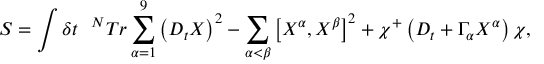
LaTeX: S = \int \delta t ~ ~ ^ { N } T r \sum _ { \alpha = 1 } ^ { 9 } \left( D _ { t } X \right) ^ { 2 } - \sum _ { \alpha < \beta } \left[ X ^ { \alpha } , X ^ { \beta } \right] ^ { 2 } + \chi ^ { + } \left( D _ { t } + \Gamma _ { \alpha } X ^ { \alpha } \right) \chi ,